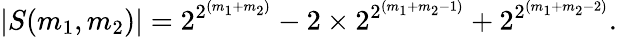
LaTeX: \left|S(m_{1},m_{2})\right|=2^{2^{(m_{1}+m_{2})}}-2\times 2^{2^{(m_{1}+m_{2}-1)}}+2^{2^{(m_{1}+m_{2}-2)}}.